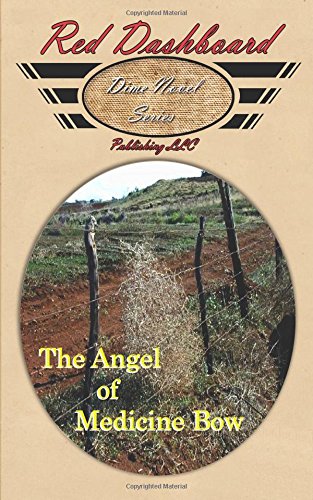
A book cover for The Angel of Medicine Bow; Robert Louis Penven; Christian Books & Bibles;